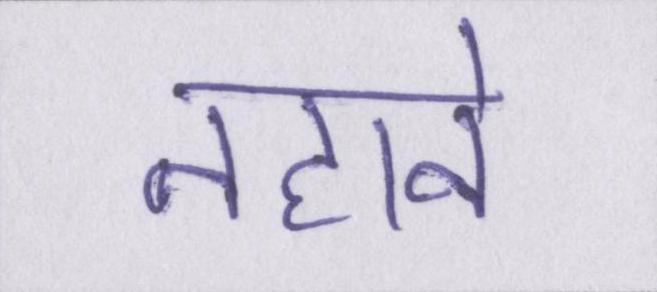
नहाने